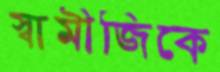
স্বামীজিকে